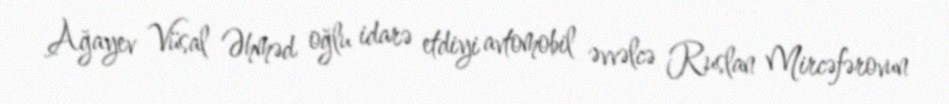
Ağayev Vüsal Əhməd oğlu idarə etdiyi avtomobil əvvəlcə Ruslan Mircəfərovun